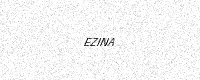
Text: EZINA